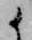
候